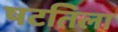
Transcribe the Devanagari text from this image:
षटतिला